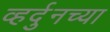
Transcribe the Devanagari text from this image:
व्हर्दुनच्या